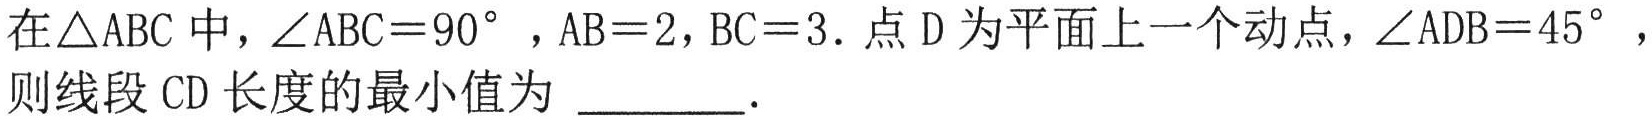
在\(\triangle ABC\)中，\(\angle ABC = 90^{\circ}\) ，\(AB = 2\)，\(BC = 3\)．点 \(D\) 为平面上一个动点，\(\angle ADB = 45^{\circ}\)，则线段 \(CD\) 长度的最小值为  ．